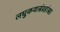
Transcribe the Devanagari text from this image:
लघुकथासंग्रहांसह